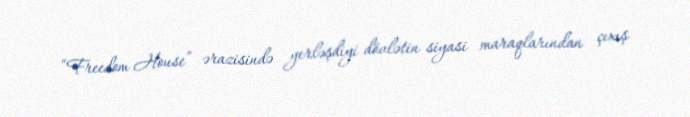
“Freedom House” ərazisində yerləşdiyi dövlətin siyasi maraqlarından çıxış